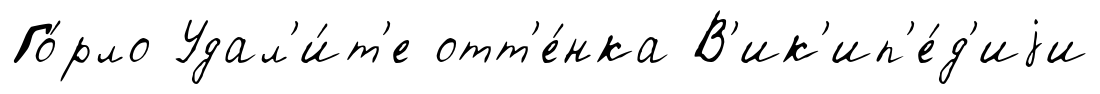
Го́рло Удал'и́т'е отт'е́нка В'ик'ип'е́д'иjи